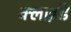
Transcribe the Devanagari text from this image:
क्लाईडे